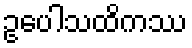
ဥပေါသထိကဿ